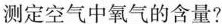
测定空气中氧气的含量?